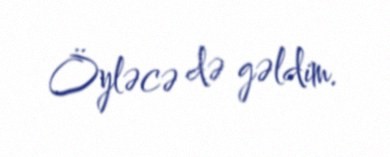
Öyləcə də gəldim.